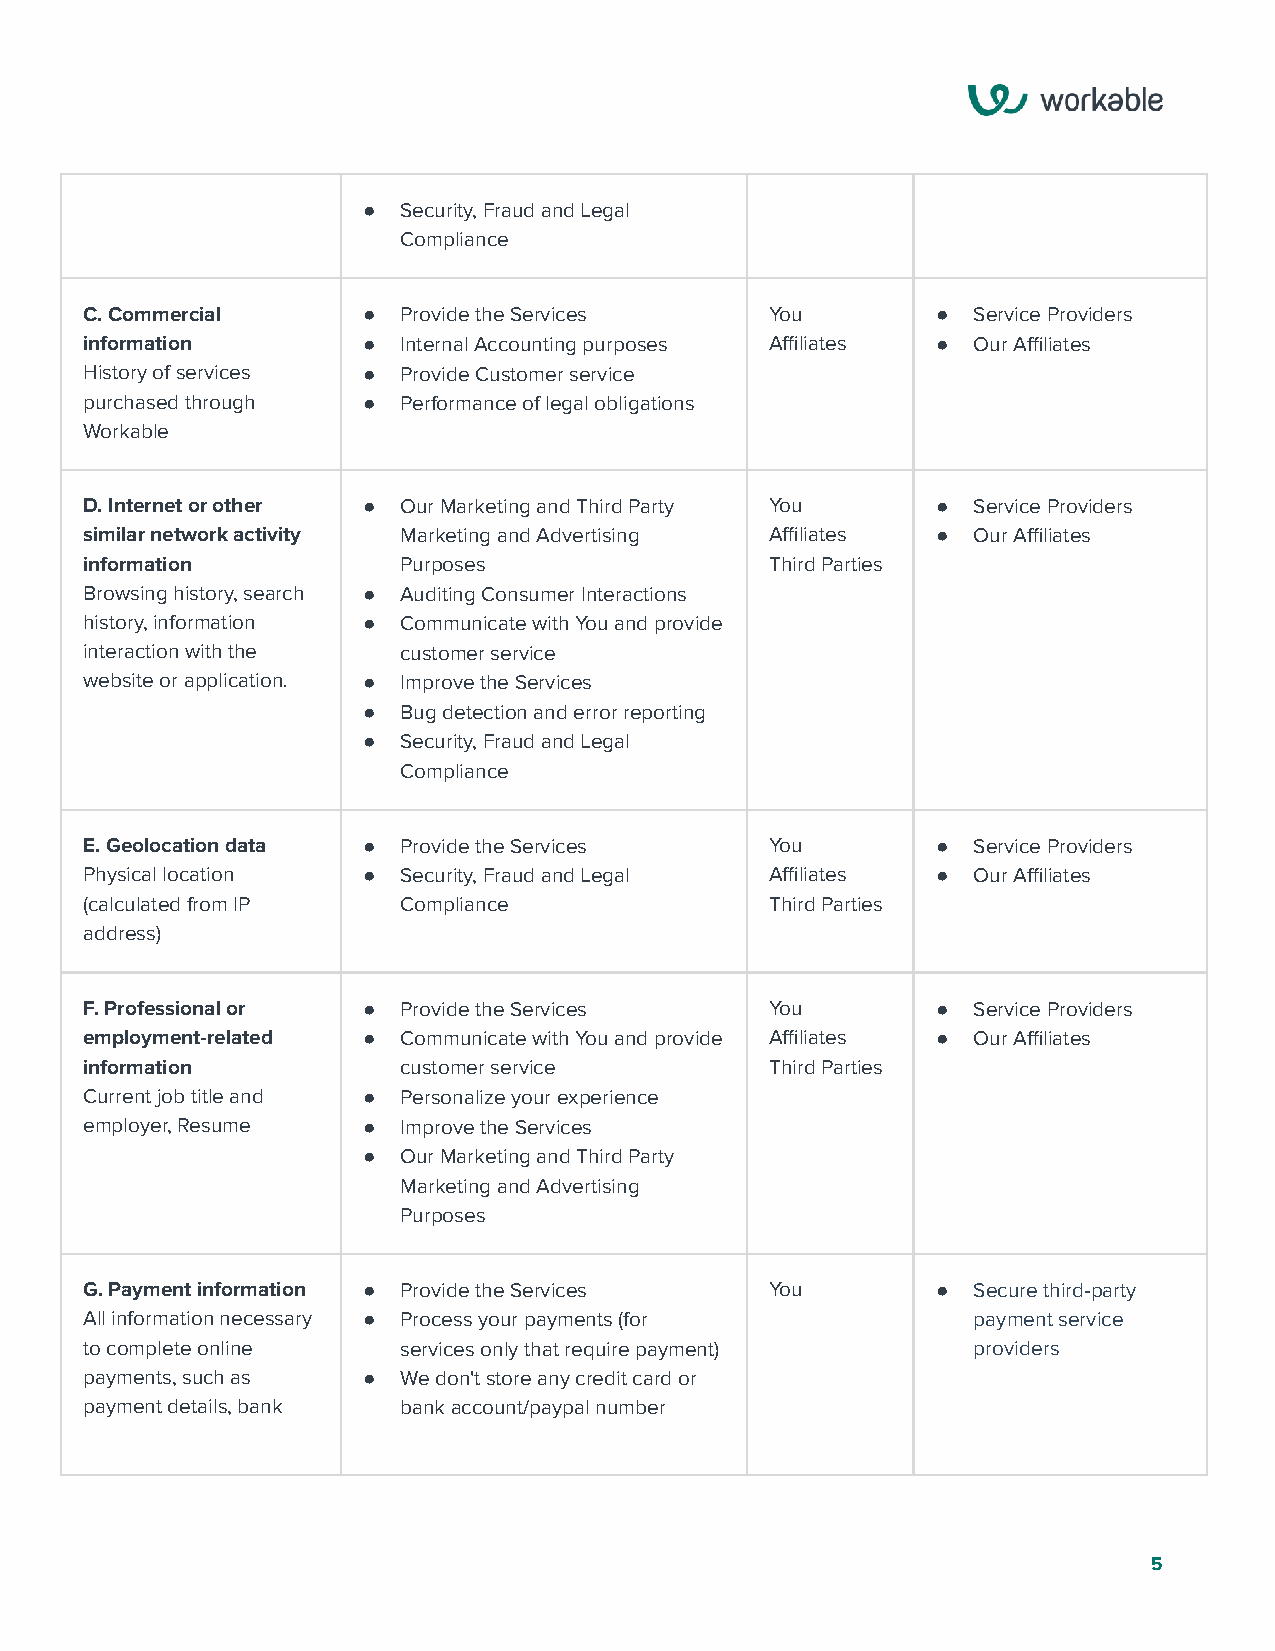
● Security,FraudandLegal
 Compliance
 C.Commercial       ● ProvidetheServices       You        ● ServiceProviders
 information        ● InternalAccountingpurposes Affiliates ● OurAffiliates
 Historyofservices  ● ProvideCustomerservice
 purchasedthrough   ● Performanceoflegalobligations
 Workable
 D.Internetorother  ● OurMarketingandThirdParty You       ● ServiceProviders
 similarnetworkactivity MarketingandAdvertising Affiliates ● OurAffiliates
 information          Purposes                 ThirdParties
 Browsinghistory,search ● AuditingConsumerInteractions
 history,information ● CommunicatewithYouandprovide
 interactionwiththe   customerservice
 websiteorapplication. ● ImprovetheServices
 ● Bugdetectionanderrorreporting
 ● Security,FraudandLegal
 Compliance
 E.Geolocationdata  ● ProvidetheServices       You        ● ServiceProviders
 Physicallocation   ● Security,FraudandLegal   Affiliates ● OurAffiliates
 (calculatedfromIP    Compliance               ThirdParties
 address)
 F.Professionalor   ● ProvidetheServices       You        ● ServiceProviders
 employment-related ● CommunicatewithYouandprovide Affiliates ● OurAffiliates
 information          customerservice          ThirdParties
 Currentjobtitleand ● Personalizeyourexperience
 employer,Resume    ● ImprovetheServices
 ● OurMarketingandThirdParty
 MarketingandAdvertising
 Purposes
 G.Paymentinformation ● ProvidetheServices     You        ● Securethird-party
 Allinformationnecessary ● Processyourpayments(for          paymentservice
 tocompleteonline     servicesonlythatrequirepayment)       providers
 payments,suchas    ● Wedon'tstoreanycreditcardor
 paymentdetails,bank  bankaccount/paypalnumber
 5